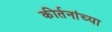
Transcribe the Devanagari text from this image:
कीर्तनांच्या